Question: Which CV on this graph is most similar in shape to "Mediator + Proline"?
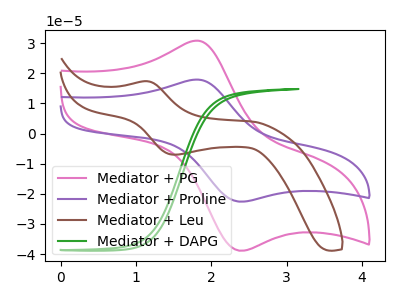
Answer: <think>The pink curve "Mediator + PG" has an anodic peak at (1.80V, 30.85uA) and a cathodic peak at (2.40V, -38.90uA). The purple curve "Mediator + Proline" has an anodic peak at (1.80V, 17.90uA) and a cathodic peak at (2.40V, -22.60uA). The brown curve "Mediator + Leu" has an anodic peak at (1.15V, 17.35uA) and a cathodic peak at (1.50V, -7.00uA). The green curve "Mediator + DAPG" has no peaks.
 All the peaks in "Mediator + PG" have a peak in "Mediator + Proline" at the same potential. Every peak in "Mediator + PG" is higher than every peak in "Mediator + Proline". "Mediator + PG" and "Mediator + Leu" have at least one peak that do not match. "Mediator + PG" and "Mediator + DAPG" have a different number of peaks. "Mediator + Proline" and "Mediator + Leu" have at least one peak that do not match. "Mediator + Proline" and "Mediator + DAPG" have a different number of peaks. "Mediator + Leu" and "Mediator + DAPG" have a different number of peaks.</think>
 <answer>The CV with the most similar shape to "Mediator + PG" is "Mediator + Proline".</answer>
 <eval>"Mediator + Proline"</eval>